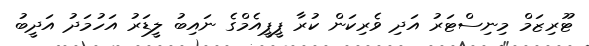
ޓޫރިޒަމް މިނިސްޓަރު އަދި ވެރިކަން ކުރާ ޕީޕީއެމްގެ ނައިބު ލީޑަރު އަހުމަދު އަދީބު